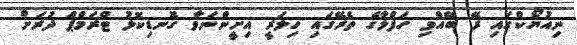
ނިއުޔޯކްގައި ރޭ ބޭއްވި ހަފްލާގެ ތެރޭގައި ހިލަރީ އިށީންނަވާ ގޮނޑިކޮޅު ޓްރަމްޕް ދުރަށް